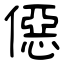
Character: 僫